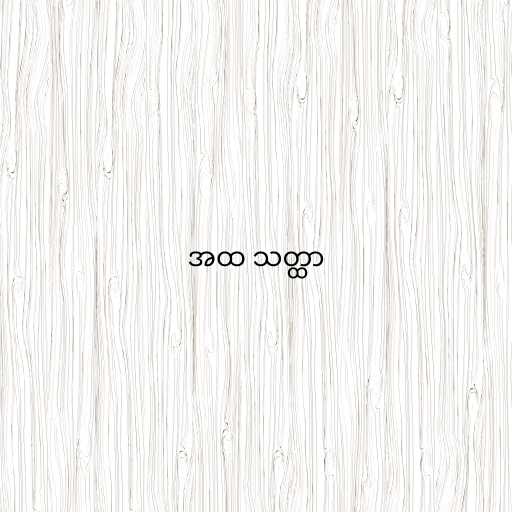
အထ သတ္ထာ